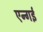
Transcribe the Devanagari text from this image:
एन्गई